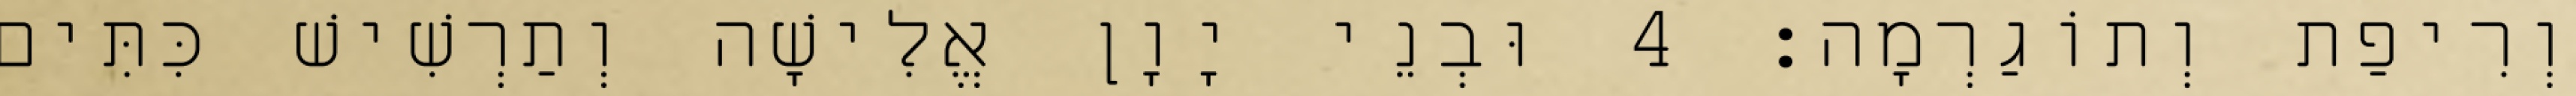
וְרִיפַת וְתוֹגַרְמָה׃ 4 וּבְנֵי יָוָן אֱלִישָׁה וְתַרְשִׁישׁ כִּתִּים